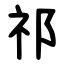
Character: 祁